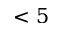
< 5